Scientific memoirs by medical officers of the Army of India - Part I,
Year: 1884
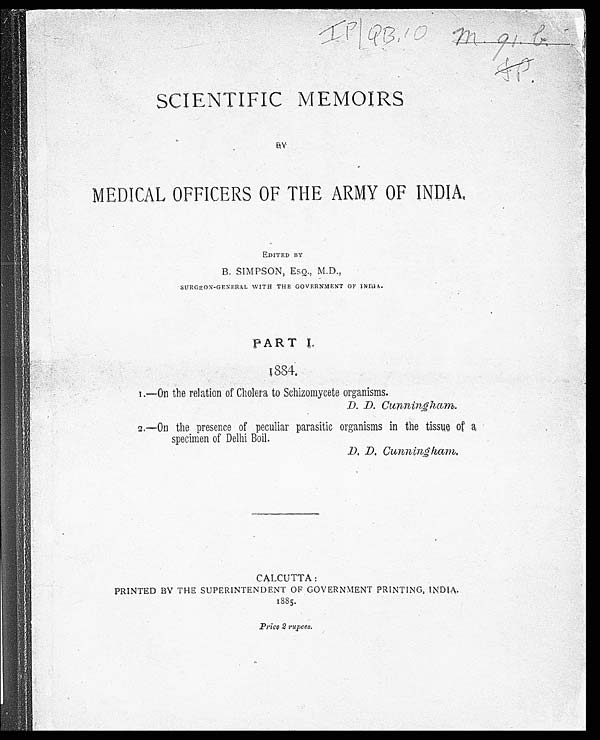
IP|QB.10
SCIENTIFIC MEMOIRS
B Y
MEDICAL OFFICERS OF THE ARMY OF INDIA
EDITED BY
B. SIMPSON, ESQ., M.D.,
SURGEON-GENERAL WITH THE GOVERNMENT OF INDIA.
PART I.
1884.
1.—On the relation of Cholera to Schizomycete organisms.
D. D. Cunningham.
2.—On the presence of peculiar parasitic organisms in the tissue of a
specimen of Delhi Boil.
D. D. Cunningham.
CALCUTTA:
PRINTED BY THE SUPERINTENDENT OF GOVERNMENT PRINTING, INDIA.
1885.
Price 2 rupees.